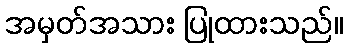
အမှတ်အသား ပြုထားသည်။